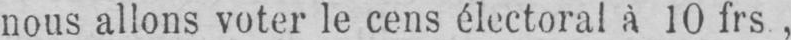
nous allons voter le cens électoral à 10 frs,